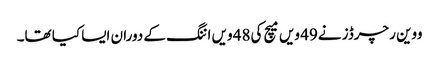
ووین رچرڈز نے49 ویں میچ کی48 ویں اننگ کے دوران ایسا کیا تھا۔